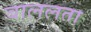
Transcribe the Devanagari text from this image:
बाललता